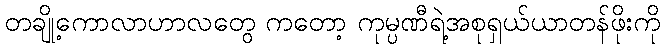
တချို့ကောလာဟာလတွေ ကတော့ ကုမ္ပဏီရဲ့အစုရှယ်ယာတန်ဖိုးကို